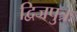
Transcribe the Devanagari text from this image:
द्विजपुत्रः